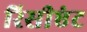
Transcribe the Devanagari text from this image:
रिसीएंट